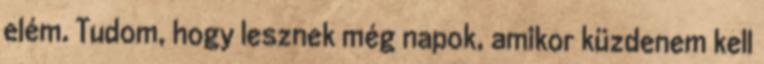
elém. Tudom, hogy lesznek még napok, amikor küzdenem kell